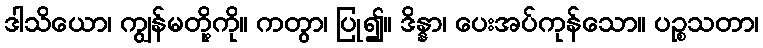
ဒါသိယော၊ ကျွန်မတို့ကို။ ကတွာ၊ ပြု၍။ ဒိန္နာ၊ ပေးအပ်ကုန်သော။ ပဉ္စသတာ၊